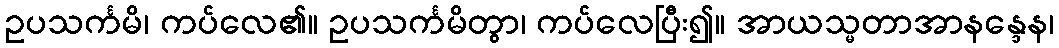
ဥပသင်္ကမိ၊ ကပ်လေ၏။ ဥပသင်္ကမိတွာ၊ ကပ်လေပြီး၍။ အာယသ္မတာအာနန္ဒေန၊